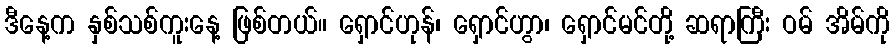
ဒီနေ့က နှစ်သစ်ကူးနေ့ ဖြစ်တယ်။ ရှောင်ဟုန်၊ ရှောင်ဟွာ၊ ရှောင်မင်တို့ ဆရာကြီး ဝမ် အိမ်ကို